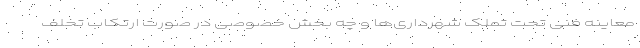
معاینه فنی تحت تملک شهرداری‌ها و چه بخش خصوصی در صورت ارتکاب تخلف